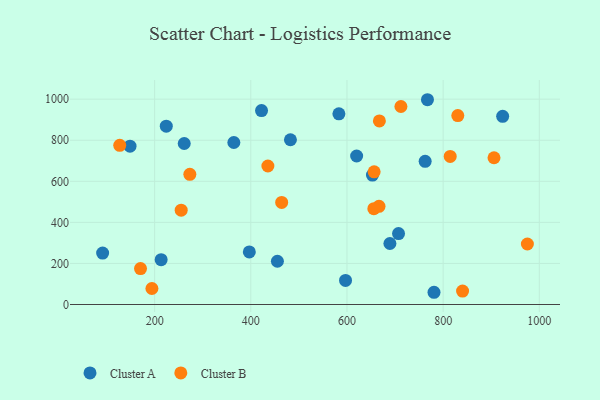
{"axis": {"x": "Engine Size", "y": "Profit"}, "legend": ["Cluster A", "Cluster B"], "data": [{"x": "148.8", "y": 771.3, "type": "Cluster A"}, {"x": "653.0", "y": 630.3, "type": "Cluster A"}, {"x": "261.5", "y": 784.2, "type": "Cluster A"}, {"x": "422.3", "y": 944.5, "type": "Cluster A"}, {"x": "364.7", "y": 789.1, "type": "Cluster A"}, {"x": "224.2", "y": 868.3, "type": "Cluster A"}, {"x": "767.4", "y": 997.3, "type": "Cluster A"}, {"x": "396.9", "y": 255.9, "type": "Cluster A"}, {"x": "597.0", "y": 117.3, "type": "Cluster A"}, {"x": "455.3", "y": 210.8, "type": "Cluster A"}, {"x": "762.6", "y": 697.1, "type": "Cluster A"}, {"x": "91.8", "y": 250.4, "type": "Cluster A"}, {"x": "707.2", "y": 345.6, "type": "Cluster A"}, {"x": "689.3", "y": 297.2, "type": "Cluster A"}, {"x": "482.4", "y": 802.5, "type": "Cluster A"}, {"x": "923.8", "y": 916.6, "type": "Cluster A"}, {"x": "781.0", "y": 59.6, "type": "Cluster A"}, {"x": "620.1", "y": 723.2, "type": "Cluster A"}, {"x": "213.5", "y": 218.3, "type": "Cluster A"}, {"x": "583.2", "y": 928.6, "type": "Cluster A"}, {"x": "666.6", "y": 478.3, "type": "Cluster B"}, {"x": "840.4", "y": 65.3, "type": "Cluster B"}, {"x": "435.5", "y": 674.6, "type": "Cluster B"}, {"x": "255.2", "y": 459.3, "type": "Cluster B"}, {"x": "127.4", "y": 775.4, "type": "Cluster B"}, {"x": "194.3", "y": 78.1, "type": "Cluster B"}, {"x": "655.9", "y": 466.9, "type": "Cluster B"}, {"x": "814.7", "y": 721.4, "type": "Cluster B"}, {"x": "656.5", "y": 646.2, "type": "Cluster B"}, {"x": "830.5", "y": 920.0, "type": "Cluster B"}, {"x": "975.2", "y": 294.8, "type": "Cluster B"}, {"x": "905.8", "y": 714.7, "type": "Cluster B"}, {"x": "464.2", "y": 497.1, "type": "Cluster B"}, {"x": "712.2", "y": 964.2, "type": "Cluster B"}, {"x": "667.4", "y": 893.9, "type": "Cluster B"}, {"x": "170.6", "y": 174.9, "type": "Cluster B"}, {"x": "273.2", "y": 633.8, "type": "Cluster B"}]}